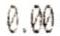
0.00